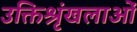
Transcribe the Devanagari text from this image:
उक्तिश्रृंखलाओं